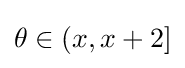
\theta \in (x,x+2]